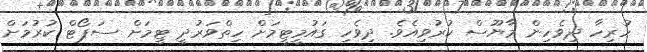
ހުރިހާ ދިވެހިން މާޔޫސް ކުރުވިއެވެ. ދިވެހި ގައުމީޓީމަށް ހިތްވަރުދީ ޓީމަށް ސަޕޯޓް ކުރުމަށް